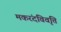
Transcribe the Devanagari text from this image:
मकरंदविवृत्ति